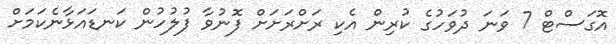
އޮގަސްޓް 7 ވަނަ ދުވަހުގެ ކުރިން އެކި ރަށްރަށަށް ފޮނުވާ ފުލުހުން ކަނޑައަޅާނެކަމަށް